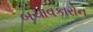
બચાવકારોન